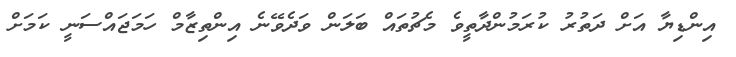
އިންޑިޔާ އަށް ދަތުރު ކުރަމުންދާތީވެ މެޗުތައް ބަލަން ވަދެވޭނެ އިންތިޒާމް ހަމަޖައްސަނީ ކަމަށް